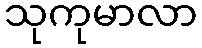
သုကုမာလာ